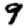
Digit: 9